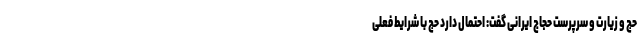
حج و زیارت و سرپرست حجاج ایرانی گفت: احتمال دارد حج با شرایط فعلی